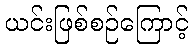
ယင်းဖြစ်စဉ်ကြောင့်